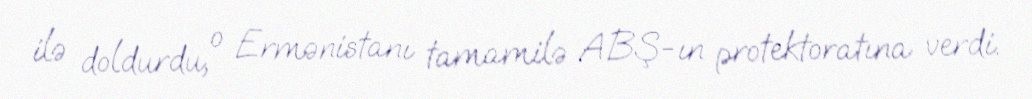
ilə doldurdu, o Ermənistanı tamamilə ABŞ-ın protektoratına verdi.